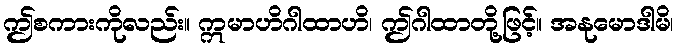
ဤစကားကိုလည်း။ ဣမာဟိဂါထာဟိ၊ ဤဂါထာတို့ဖြင့်။ အနုမောဒါမိ၊